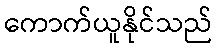
ကောက်ယူနိုင်သည်